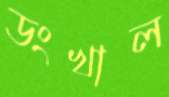
ডংখাল